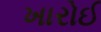
ખારોઈ